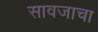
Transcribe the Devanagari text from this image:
सावजाचा